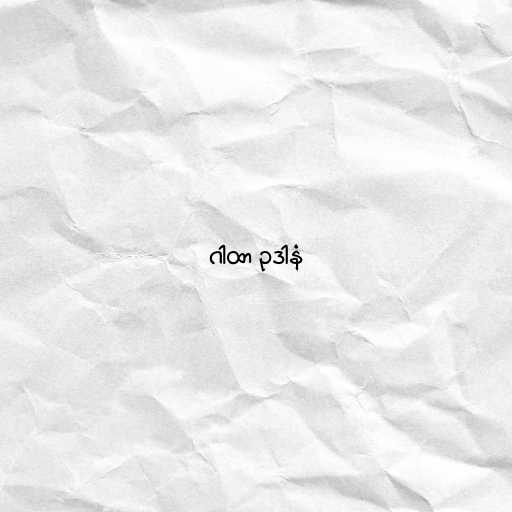
ဂါထာ ဥဒါနံ